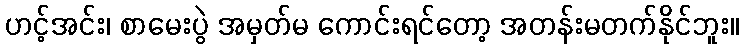
ဟင့်အင်း၊ စာမေးပွဲ အမှတ်မ ကောင်းရင်တော့ အတန်းမတက်နိုင်ဘူး။